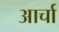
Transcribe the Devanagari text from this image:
आर्चा